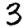
Digit: 3